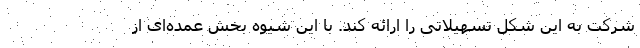
شرکت به این شکل تسهیلاتی را ارائه کند. با این شیوه بخش عمده­ای از